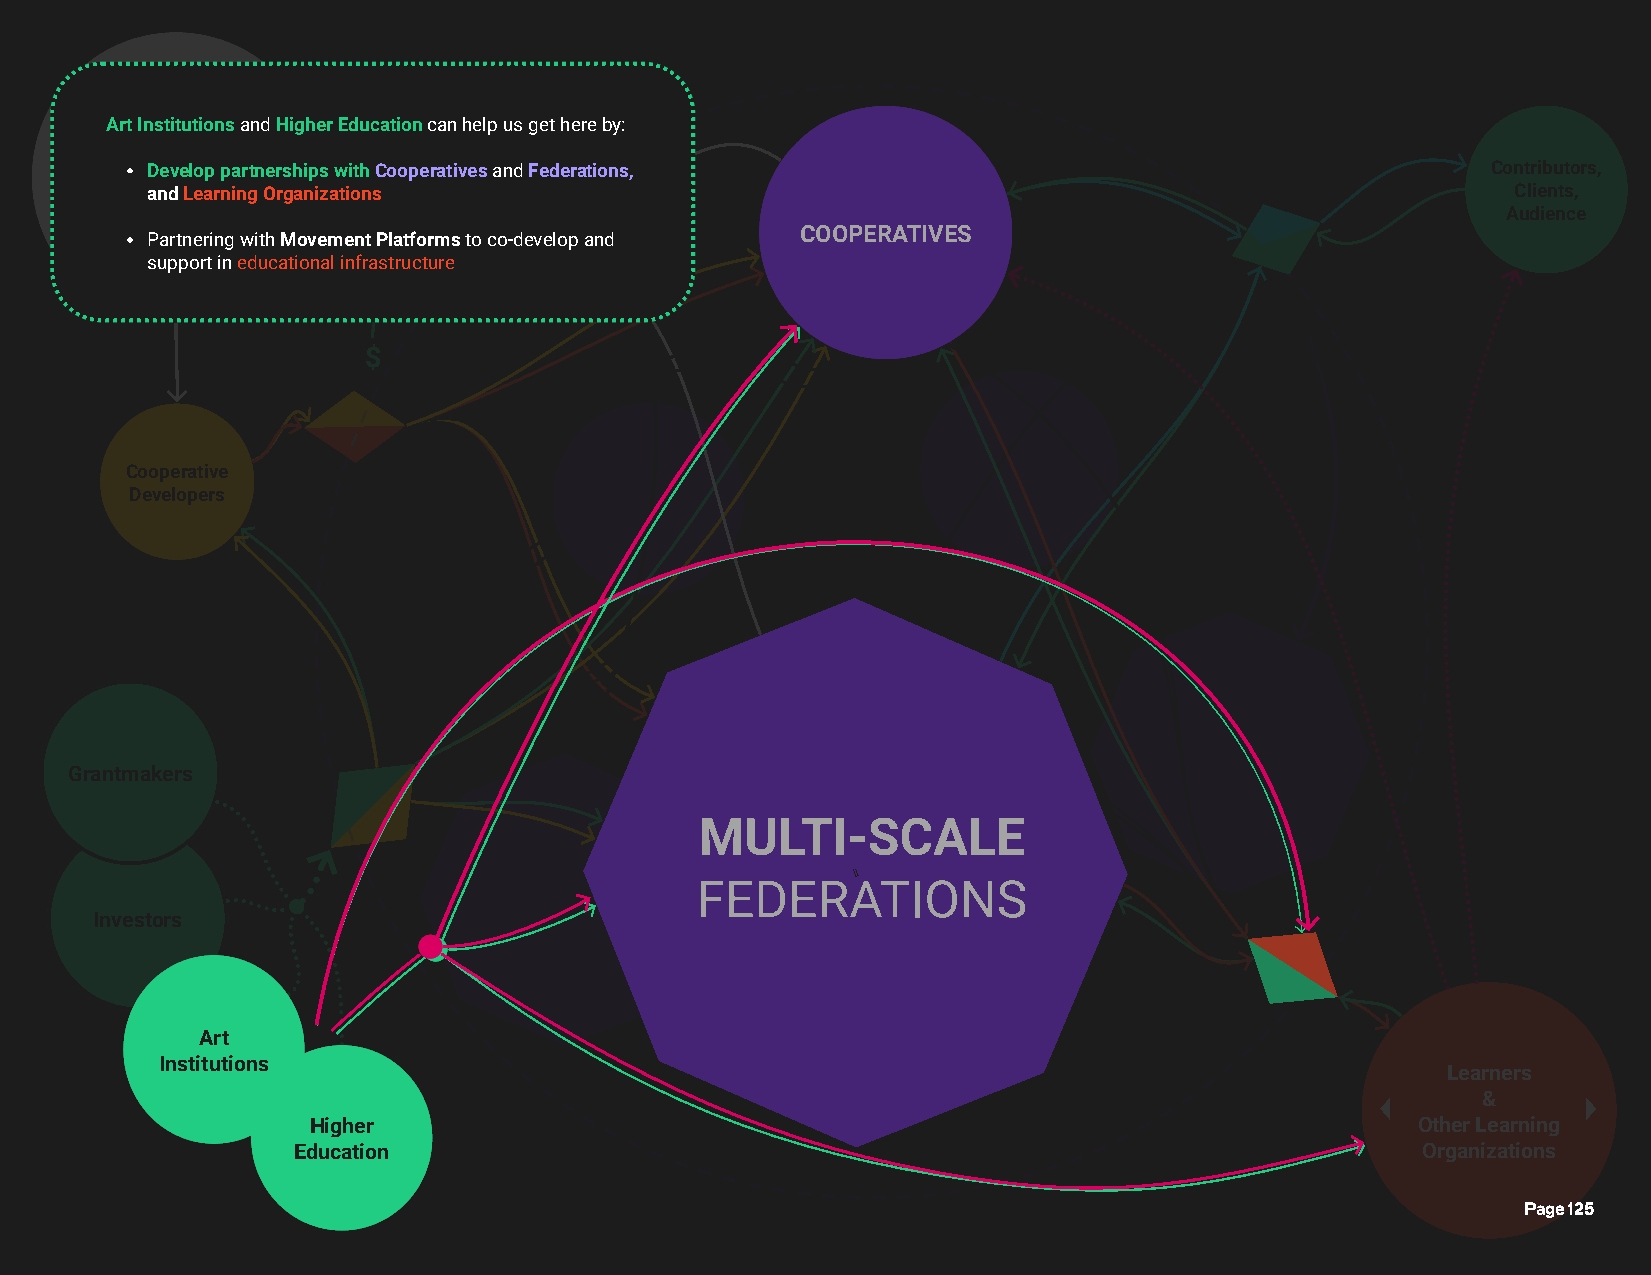
Art Institutions and Higher Education can help us get here by:
 Develop partnerships with Cooperatives and Federations,                                  Contributors,
 Public Sector
 and Learning Organizations                                                                Clients,
 Audience
 COOPERATIVES
 Partnering with Movement Platforms to co- develop and
 support in educational infrastructure
 $
 Cooperative
 Developers
 Grantmakers
 MULTI-     SCALE
 li
 FEDERATIONS
 Investors
 Art
 Individual
 Institutions                                                                        Learners
 Learners
 &
 Schools,
 Higher                                                                    Other LeaIrnnstiintugtio ns
 Education                                                                  OLeragrnainng izations
 Collectives
 Page 125